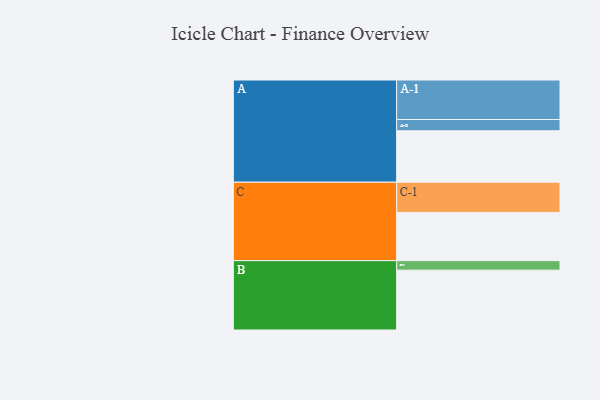
{"axis": {"x": "Segment", "y": "Value"}, "legend": ["", "A", "B", "C"], "data": [{"x": "A", "y": 324, "type": ""}, {"x": "B", "y": 377, "type": ""}, {"x": "C", "y": 304, "type": ""}, {"x": "A-1", "y": 249, "type": "A"}, {"x": "A-2", "y": 71, "type": "A"}, {"x": "B-1", "y": 60, "type": "B"}, {"x": "C-1", "y": 190, "type": "C"}]}